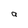
Character: a